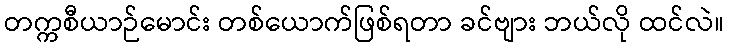
တက္ကစီယာဉ်မောင်း တစ်ယောက်ဖြစ်ရတာ ခင်ဗျား ဘယ်လို ထင်လဲ။